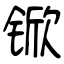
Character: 锨